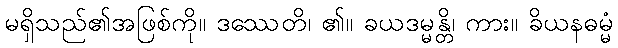
မရှိသည်၏အဖြစ်ကို။ ဒဿေတိ၊ ၏။ ခယဒမ္မန္တိ၊ ကား။ ခိယနဓမ္မံ